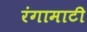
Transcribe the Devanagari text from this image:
रंगामाटी